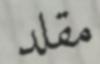
مقلد